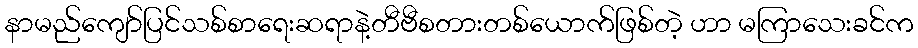
နာမည်ကျော်ပြင်သစ်စာရေးဆရာနဲ့တီဗီစတားတစ်ယောက်ဖြစ်တဲ့ ဟာ မကြာသေးခင်က